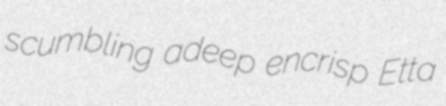
scumbling adeep encrisp Etta